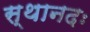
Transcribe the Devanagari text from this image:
स्थानदः